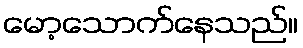
မော့သောက်နေသည်။